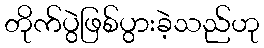
တိုက်ပွဲဖြစ်ပွားခဲ့သည်ဟု